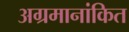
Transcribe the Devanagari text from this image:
अग्रमानांकित